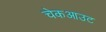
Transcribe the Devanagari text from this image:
चेकआउट